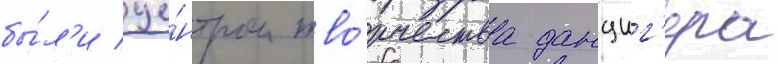
бы́л'и це́нтром тво́рчества данциг'ера